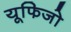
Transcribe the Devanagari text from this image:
यूफिजो